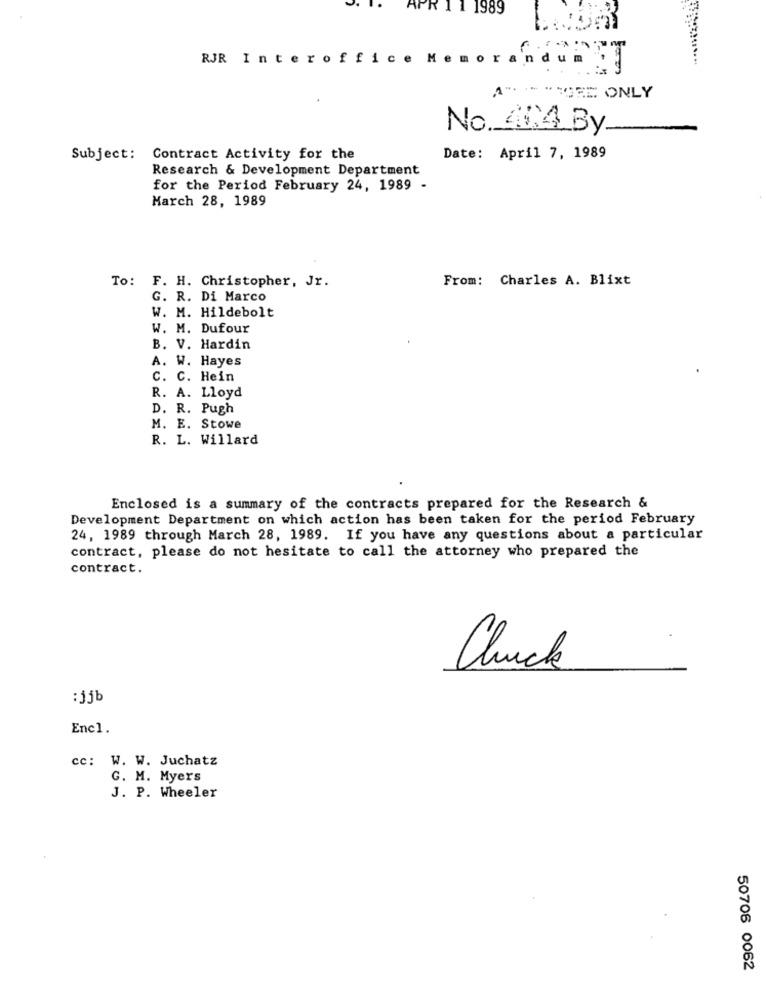
APR 1 1 1989
RJR Interoffice
Memor
A
"TORE ONLY
No. 46:4 By.
-
Subject: Contract Activity for the
Date: April 7, 1989
Research & Development Department
for the Period February 24, 1989 -
March 28, 1989
To: F. H. Christopher, Jr.
From: Charles A. Blixt
G. R. Di Marco
W. M. Hildebolt
W. M. Dufour
B. V. Hardin
A. W. Hayes
C. C. Hein
R. A. Lloyd
D. R. Pugh
M. E. Stowe
R. L. Willard
Enclosed is a summary of the contracts prepared for the Research &
Development Department on which action has been taken for the period February
24, 1989 through March 28, 1989. If you have any questions about a particular
contract, please do not hesitate to call the attorney who prepared the
contract.
Chuck
:jjb
Encl.
cc: W. W. Juchatz
G. M. Myers
J. P. Wheeler
50706 0062